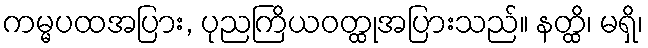
ကမ္မပထအပြား, ပုညကြိယဝတ္ထုအပြားသည်။ နတ္ထိ၊ မရှိ၊